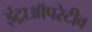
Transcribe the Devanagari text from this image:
इंट्राऑपरेटीव